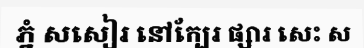
ភ្នំ សសៀរ នៅក្បែរ ផ្សារ សេះ ស